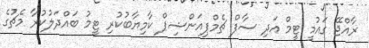
ރާއްޖޭ ގައުމީ ޓީމް އަދި ސާފް ޗެމްޕިއަންޝިޕް ކާމިޔާބުކުރި ޓީމު ބައްދަލުކުރާ މެޗުގެ